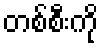
တစ်စီးကို